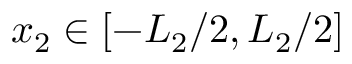
x _ { 2 } \in \left[ { - { L _ { 2 } } / 2 , { L _ { 2 } } / 2 } \right]